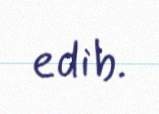
edib.